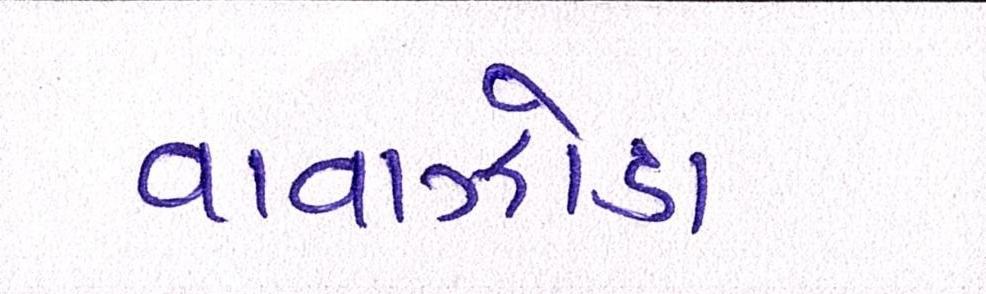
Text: વાવાઝોડા